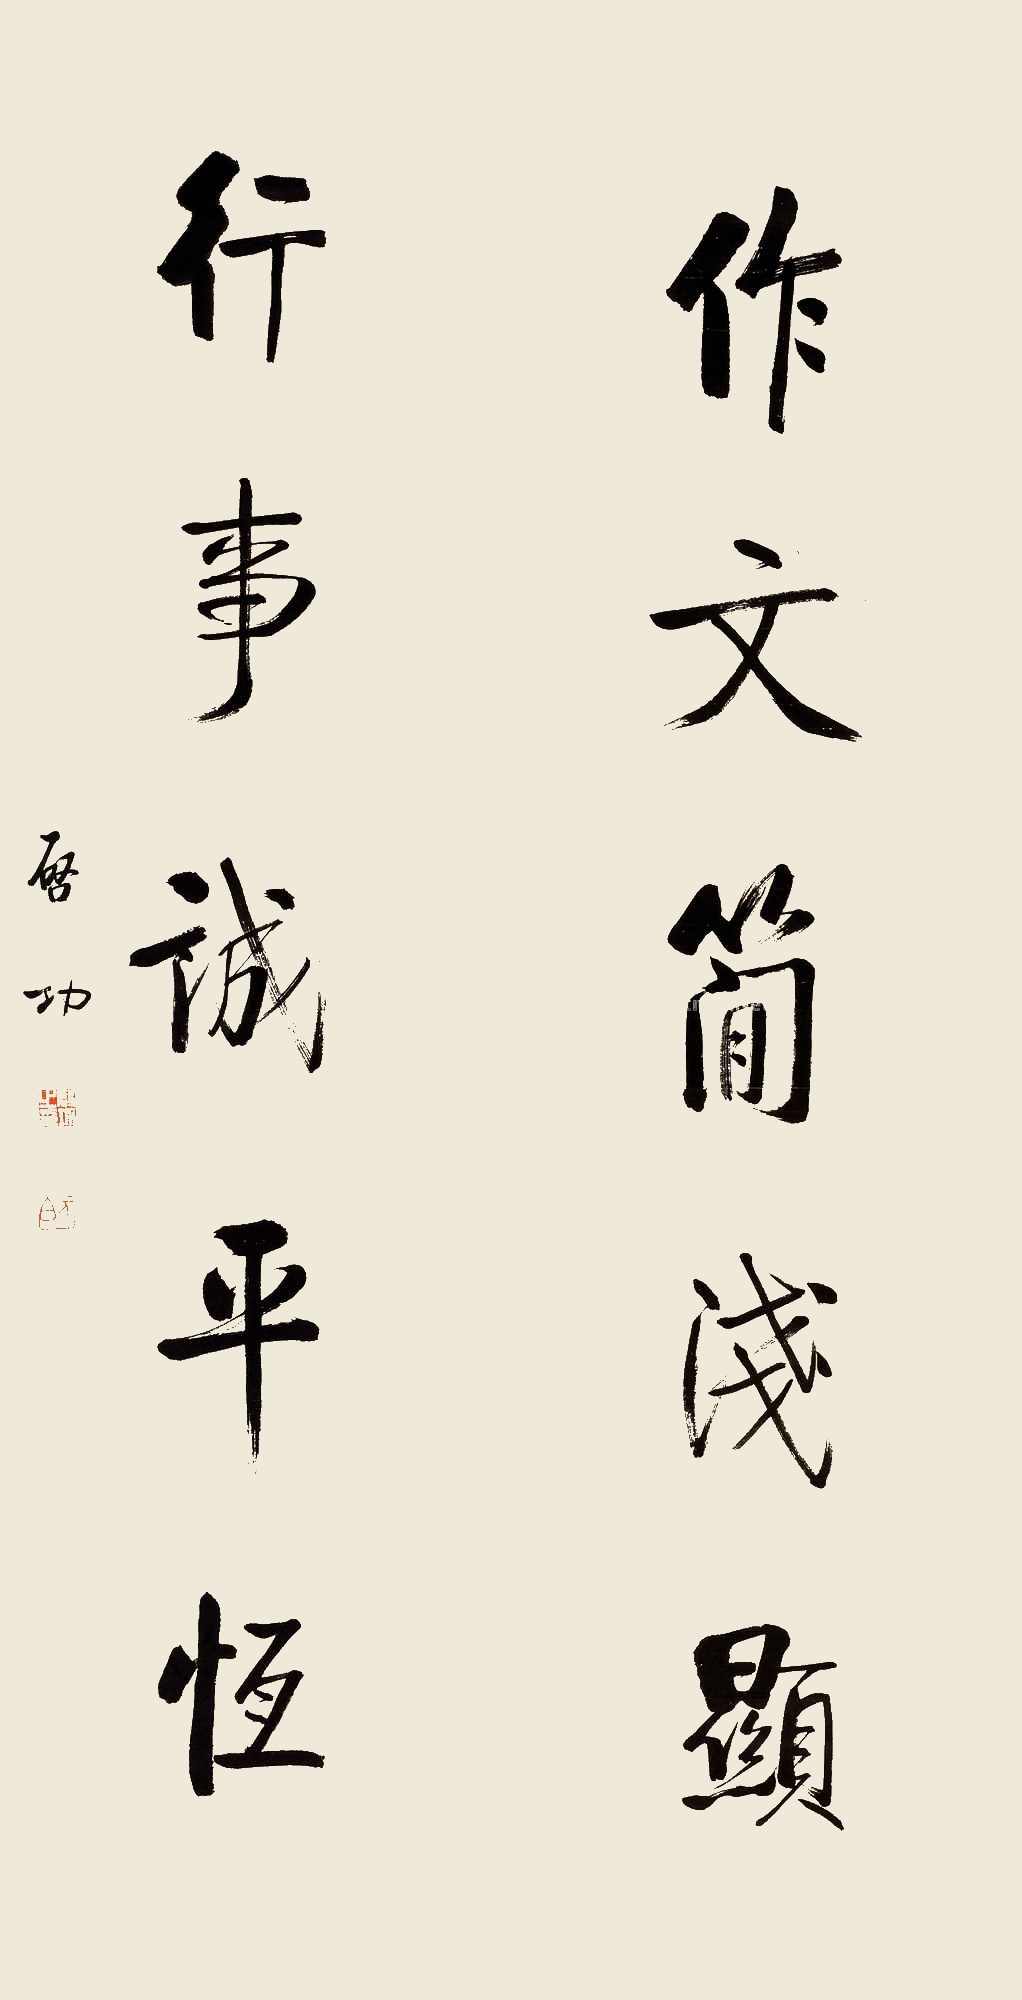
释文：作文简浅显，行事诚平恒。启功。